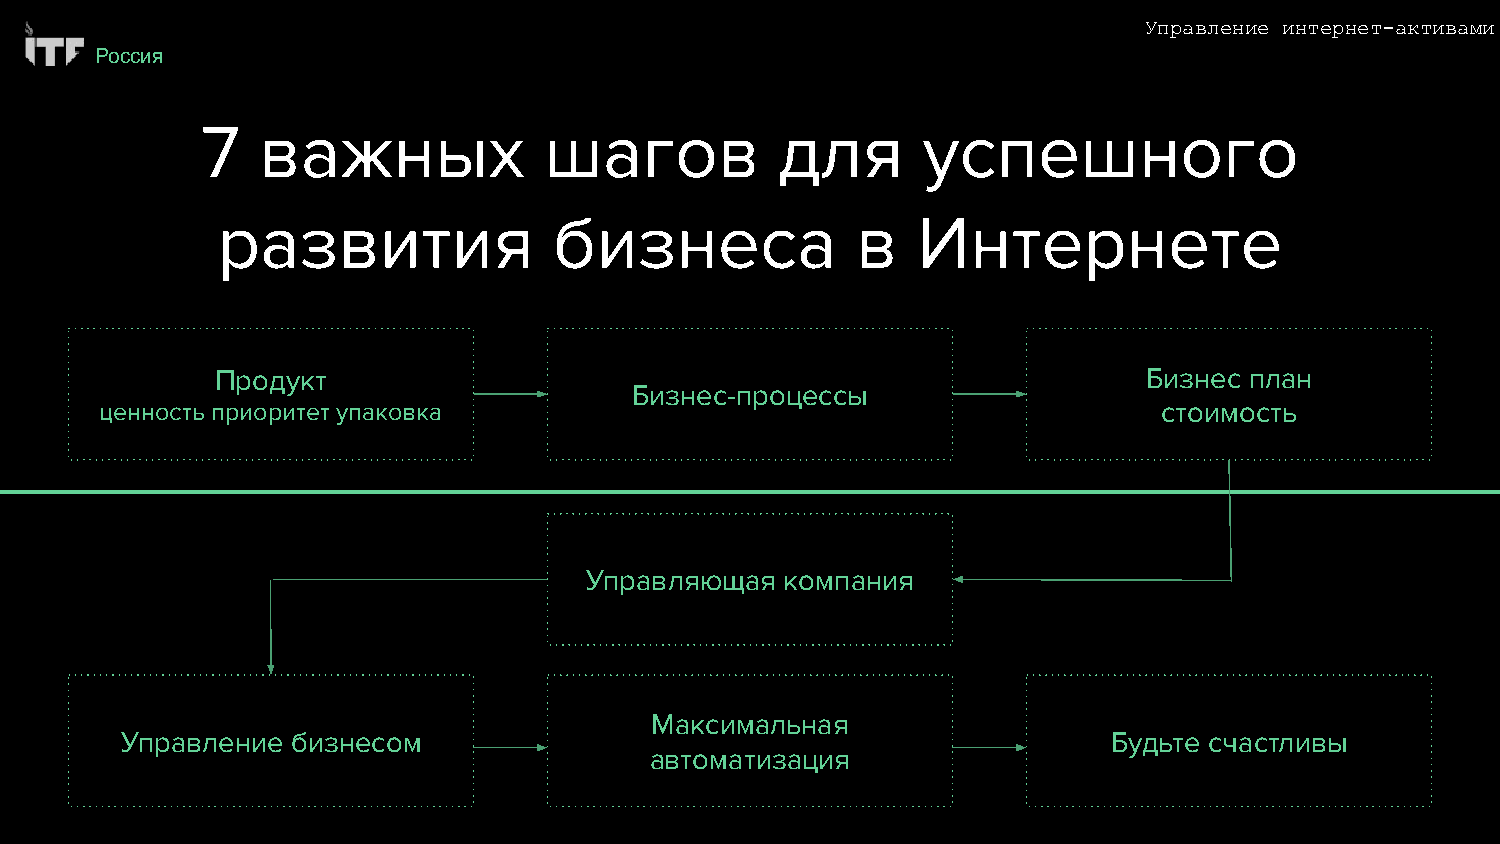
Управление интернет-активами
 Россия
 7   важных             шагов           для      успешного
 развития               бизнеса             в   Интернете
 Продукт                                                       Бизнес план
 Бизнес-процессы
 ценность приоритет упаковка                                           стоимость
 Управляющая  компания
 Максимальная
 Управление бизнесом                                               Будьте счастливы
 автоматизация